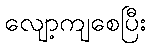
လျော့ကျစေပြီး